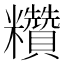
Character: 𥽷